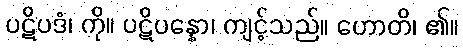
ပဋိပဒံ၊ ကို။ ပဋိပန္နော၊ ကျင့်သည်။ ဟောတိ၊ ၏။